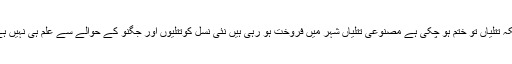
جبکہ تتلیاں تو ختم ہو چکی ہے مصنوعی تتلیاں شہر میں فروخت ہو رہی ہیں نئی نسل کوتتلیوں اور جگنو کے حوالے سے علم ہی نہیں ہے ۔